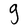
Character: g